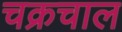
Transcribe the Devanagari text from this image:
चक्रचाल